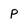
Character: p